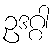
ဥဒဂ္ဂါ